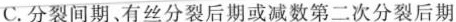
C.分裂间期、有丝分裂后期或减数第二次分裂后期